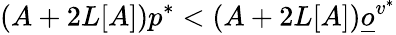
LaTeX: (A+2L[A])p^{*}<(A+2L[A])\underline{o}^{v^{*}}